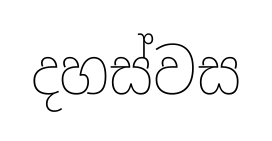
දහස්වස